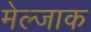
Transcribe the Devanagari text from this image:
मेल्जाक